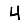
Digit: 4